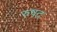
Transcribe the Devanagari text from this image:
रुषद